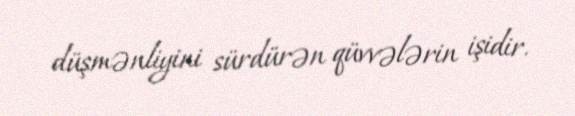
düşmənliyini sürdürən qüvvələrin işidir.